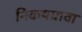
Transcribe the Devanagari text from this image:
निकषग्रावा